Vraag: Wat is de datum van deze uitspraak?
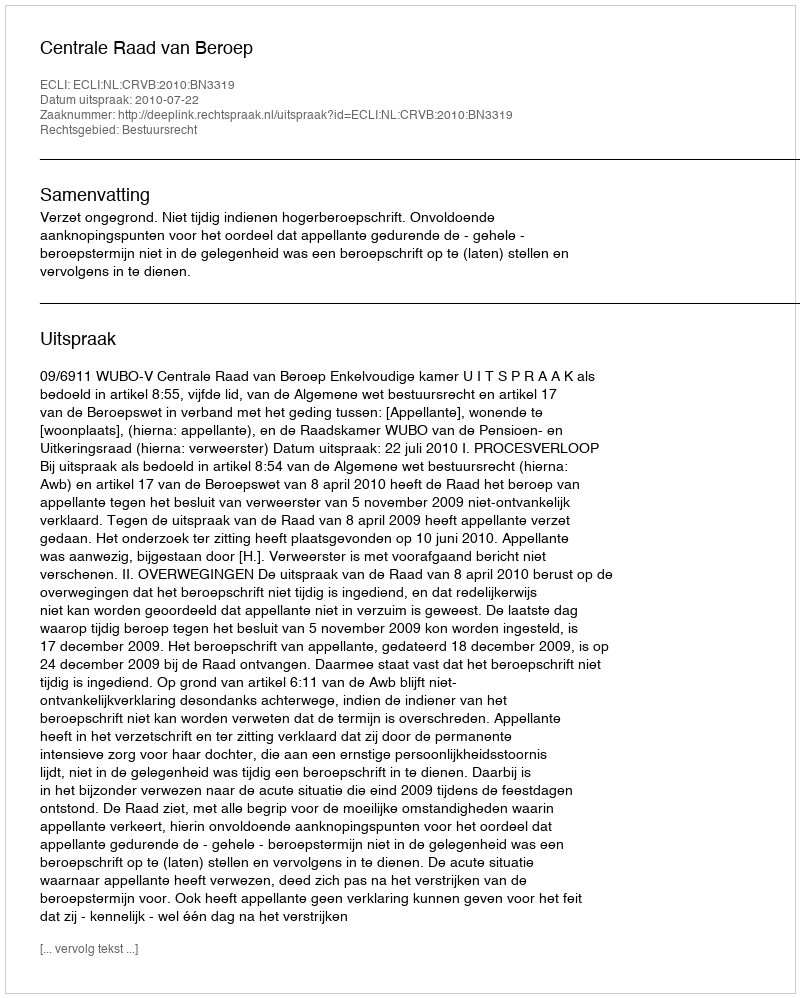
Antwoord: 2010-07-22